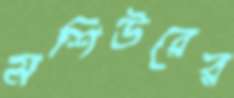
মশিউরের